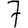
Digit: 7